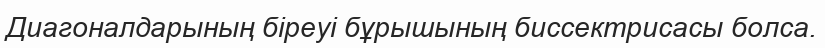
Диагоналдарының біреуі бұрышының биссектрисасы болса.